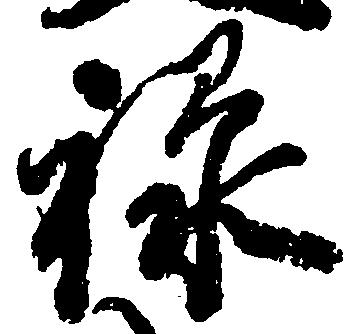
禄